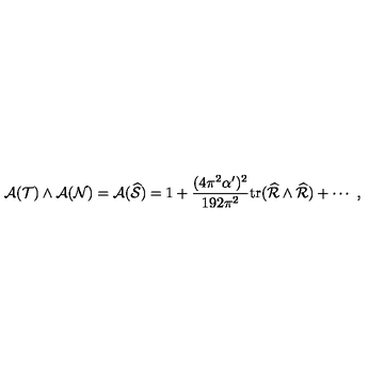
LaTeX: { { \cal A } } ( { \cal T } ) \wedge { { \cal A } } ( { \cal N } ) = { { \cal A } } ( { \widehat { \cal S } } ) = 1 + { \frac { ( 4 \pi ^ { 2 } \alpha ^ { \prime } ) ^ { 2 } } { 1 9 2 \pi ^ { 2 } } } \mathrm { t r } ( { \widehat { \cal R } } \wedge { \widehat { \cal R } } ) + \cdots \ ,